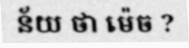
ន័យ ថា ម៉េច ?